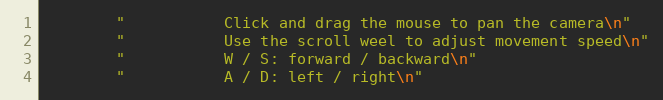
Language: C++
        "           Click and drag the mouse to pan the camera\n"
        "           Use the scroll weel to adjust movement speed\n"
        "           W / S: forward / backward\n"
        "           A / D: left / right\n"